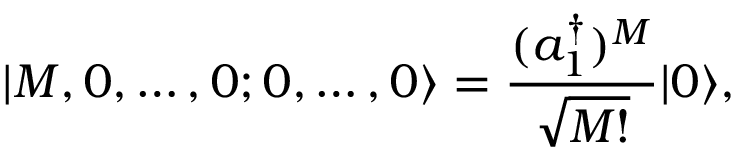
| M , 0 , \ldots , 0 ; 0 , \ldots , 0 \rangle = { \frac { ( a _ { 1 } ^ { \dagger } ) ^ { M } } { \sqrt { M ! } } } | 0 \rangle ,